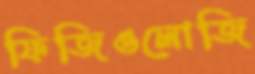
ফিজিওলোজি